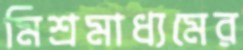
মিশ্রমাধ্যমের